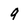
Character: 9